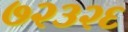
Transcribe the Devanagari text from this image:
७२३२६